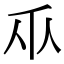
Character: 乑